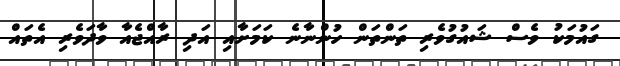
ގައުމަކު ވެސް ޝައުގުވެރި ތަންތަން ހުންނާނެ ކަމަށާއި އަދި ރާއްޖެއާ ވާދަވެރި އެތައް